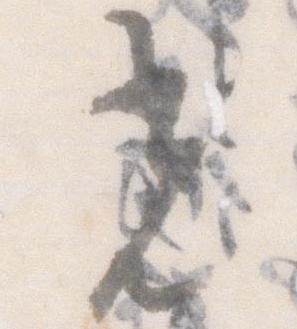
光